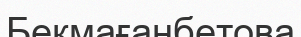
Бекмағанбетова